Report of veterinary surgeon J.H. Steel, A.V.D., on his investigation into an obscure and fatal disease among transport mules in British Burma
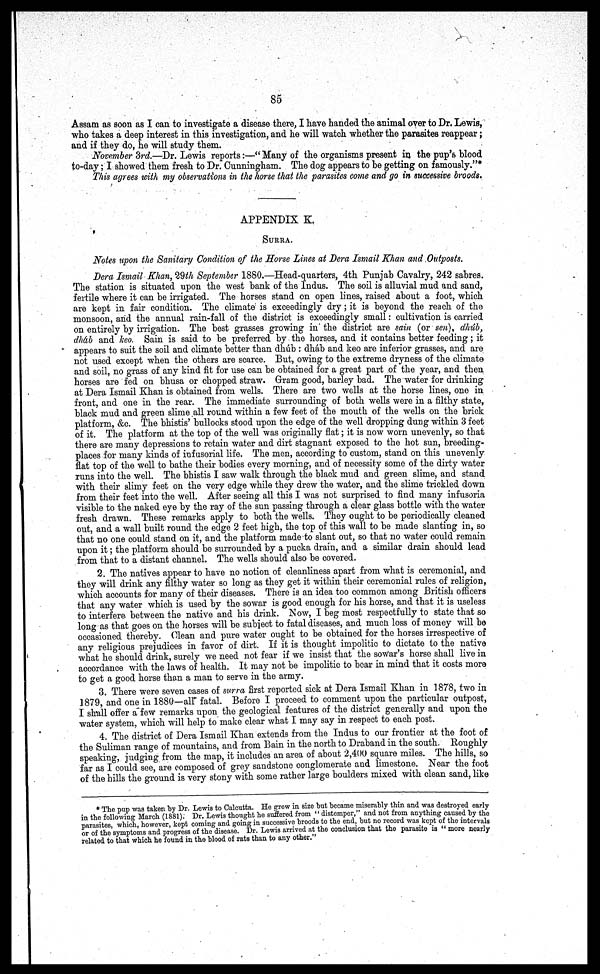
85
Assam as soon as I can to investigate a disease there, I have handed the animal over to Dr. Lewis,
who takes a deep interest in this investigation, and he will watch whether the parasites reappear;
and if they do, he will study them.
November 3rd—Dr. Lewis reports:—" Many of the organisms present in the pup's blood
to-day; I showed them fresh to Dr. Cunningham. The dog appears to be getting on famously."*
This agrees with my observations in the horse that the parasites come and go in successive broods.
APPENDIX K.
SURRA.
Notes upon the Sanitary Condition of the Horse Lines at Dera Ismail Khan and Outposts.
Dera Ismail Khan, 29th September 1880.—Head-quarters, 4th Punjab Cavalry, 242 sabres.
The station is situated upon the west bank of the Indus. The soil is alluvial mud and sand,
fertile where it can be irrigated. The horses stand on open lines, raised about a foot, which
are kept in fair condition. The climate is exceedingly dry; it is beyond the reach of the
monsoon, and the annual rain-fall of the district is exceedingly small: cultivation is carried
on entirely by irrigation. The best grasses growing in the district are sain (or sen), dhub,
dhab and keo Sain is said to be preferred by the horses, and it contains better feeding; it
appears to suit the soil and climate better than dhab : dhab and keo are inferior grasses, and are
not used except when the others are scarce. But, owing to the extreme dryness of the climate
and soil, no grass of any kind fit for use can be obtained for a great part of the year, and then
horses are fed on bhusa or chopped straw. Gram good, barley bad. The water for drinking
at Dera Ismail Khan is obtained from wells. There are two wells at the horse lines, one in
front, and one in the rear. The immediate surrounding of both wells were in a filthy state,
black mud and green slime all round within a few feet of the mouth of the wells on the brick
platform, &c. The bhistis bullocks stood upon the edge of the well dropping dung within 3 feet
of it. The platform at the top of the well was originally flat; it is now worn unevenly, so that
there are many depressions to retain water and dirt stagnant exposed to the hot sun, breeding-
places for many kinds of infusorial life. The men, according to custom, stand on this unevenly
flat top of the well to bathe their bodies every morning, and of necessity some of the dirty water
runs into the well. The bhistis I saw walk through the black mud and green slime, and stand
with their slimy feet on the very edge while they drew the water, and the slime trickled down
from their feet into the well. After seeing all this I was not surprised to find many infusoria
visible to the naked eye by the ray of the sun passing through a clear glass bottle with the water
fresh drawn. These remarks apply to both the wells. They ought to be periodically cleaned
out, and a wall built round the edge 2 feet high, the top of this wall to be made slanting in, so
that no one could stand on it, and the platform made to slant out, so that no water could remain
upon it; the platform should be surrounded by a pucka drain, and a similar drain should lead
from that to a distant channel. The wells should also be covered.
2. The natives appear to have no notion of cleanliness apart from what is ceremonial, and
they will drink any filthy water so long as they get it within their ceremonial rules of religion,
which accounts for many of their diseases. There is an idea too common among British officers
that any water which is used by the sowar is good enough for his horse, and that it is useless
to interfere between the native and his drink. Now, I beg most respectfully to state that so
long as that goes on the horses will be subject to fatal diseases, and mucli loss of money will be
occasioned thereby. Clean and pure water ought to be obtained for the horses irrespective of
any religious prejudices in favor of dirt. If it is thought impolitic to dictate to the native
what he should drink, surely we need not fear if we insist that the sowar's horse shall live in
accordance with the laws of health. It may not be impolitic to bear in mind that it costs more
to get a good horse than a man to serve in the army.
3. There were seven cases of surra first reported sick at Dera Ismail Khan in 1878, two in
1879, and one in 1880—all fatal. Before I proceed to comment upon the particular outpost,
I shall offer a few remarks upon the geological features of the district generally and upon the
water system, which will help to make clear what I may say in respect to each post.
4. The district of Dera Ismail Khan extends from the Indus to our frontier at the foot of
the Suliman range of mountains, and from Bain in the north to Draband in the south. Roughly
speaking, judging from the map, it includes an area of about 2,400 square miles. The hills, so
far as I could see, are composed of grey sandstone conglomerate and limestone. Near the foot
of the hills the ground is very stony with some rather large boulders mixed with clean sand, like
* The pup was taken by Dr. Lewis to Calcutta. He grew in size but became miserably thin and was destroyed early
in the following March (1881). Dr. Lewis thought he suffered from " distemper," and not from anything caused by the
parasites, which, however, kept coming and going in successive broods to the end, but no record was kept of the intervals
or of the symptoms and progress of the disease. Dr. Lewis arrived at the conclusion that the parasite is " more nearly
related to that which he found in the blood of rats than to any other."